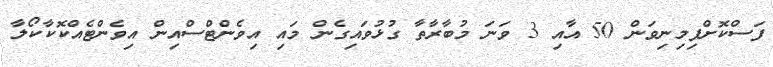
ފަސްކޮށްފިމިނިވަން 50 އާއި 3 ވަނަ މުބާރާތާ ގުޅުވައިގެން މައި އިވެންޓްސްއިން އިވެންޓެއްކޮކާކޯލާ